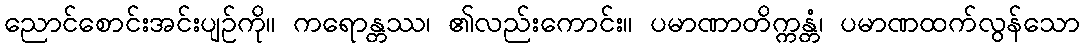
ညောင်စောင်းအင်းပျဉ်ကို။ ကရောန္တဿ၊ ၏လည်းကောင်း။ ပမာဏာတိက္ကန္တံ၊ ပမာဏထက်လွန်သော